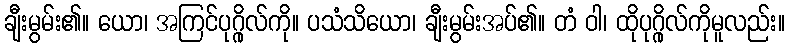
ချီးမွမ်း၏။ ယော၊ အကြင်ပုဂ္ဂိုလ်ကို။ ပသံသိယော၊ ချီးမွမ်းအပ်၏။ တံ ဝါ၊ ထိုပုဂ္ဂိုလ်ကိုမူလည်း။